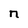
Character: n